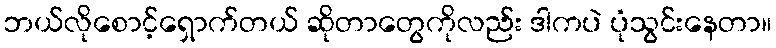
ဘယ်လိုစောင့်ရှောက်တယ် ဆိုတာတွေကိုလည်း ဒါကပဲ ပုံသွင်းနေတာ။